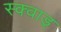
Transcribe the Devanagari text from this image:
स्क्वाड्